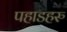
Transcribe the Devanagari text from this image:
पहाडहरु